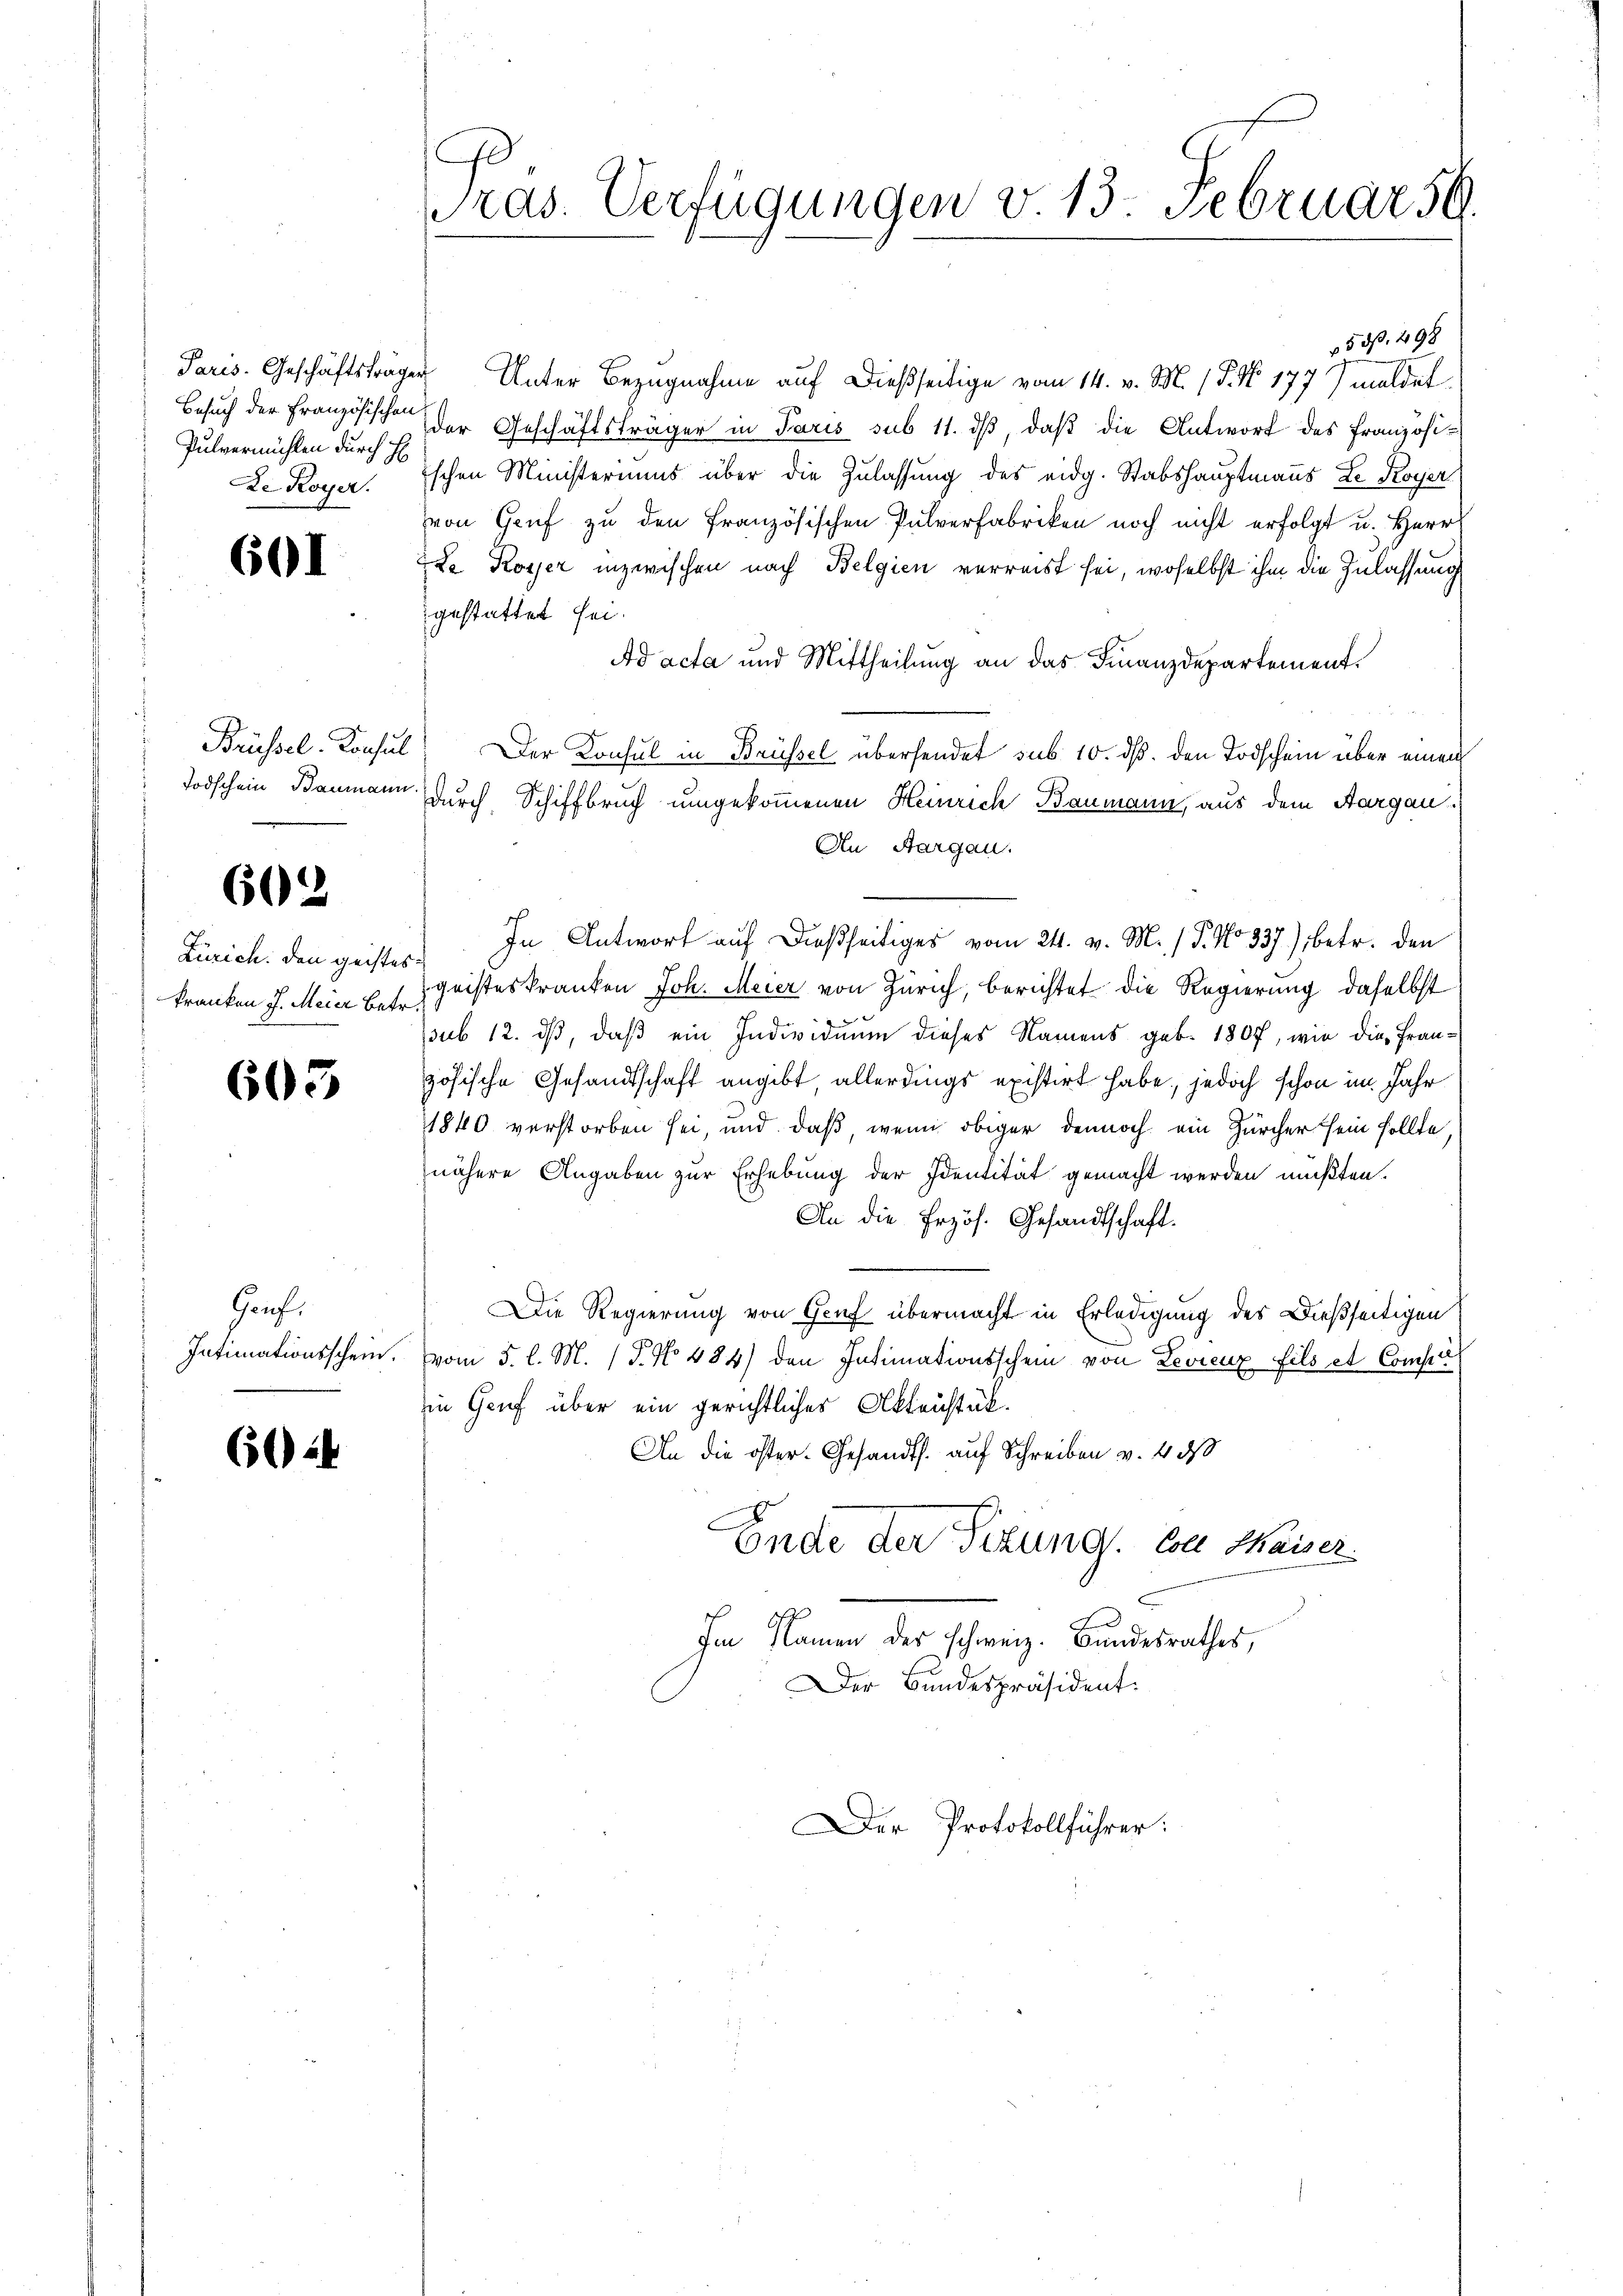
Pulvermühlen durch H
De Royer.

601

Todschein Baumann

602

Zürich. den geistes
kranken J. Meier betr.

603

Ganf

604

D
Pras. Verfügungen v. 13. Februar 59.

53. 498
Paris. Geschäftsträger Unter Bezugnahme auf dießseitige vom 14. v. M. (§. No. 177) meldet
Besuch der Französischen der Geschäftsträger in Paris sub 11. ds, daß die Antwort des Französischen Ministeriums über die Zulassung des eidg. Stabshauptmanns Le Royer
von Genf zu den Französischen Pulverfabriken noch nicht erfolgt u. Herr
Da Rosser inzwischen nach Belgien verreist sei, woselbst ihm die Zulassung
gestattet sei.
Ad acta und Mittheilung an das Finanzdepartement.
Brüssel-Konsul) Der Konsul in Brüssel übersendet sub. 10. ds. den Todschein über einen
durch Schiffbruch umgekommenen Heinrich Baumann, aus dem Aargau.
An Aargau.
In Antwort auf dießseitiges vom 24. v. M. (T. No 337), betr. den
geisteskranken Joh. Meier von Zürich, berichtet die Regierung daselbst
psub 12. ds, daß ein Individuum dieses Namens geb. 1807, wie die Französische Gesandtschaft angibt, allerdings existirt habe, jedoch schon im Jahr
1840 verstorben sei, und daß wenn obiger dennoch ein Zürcher sein sollte.
nähere Angaben zur Erhebung der Identität gemacht werden müßten.
An die Erzös. Gesandtschaft.
Die Regierung von Gruf übermacht in Erledigung des Dießseitigen
Intimationsschein. vom 5. l. M. (T. No 484) den Intimationsschein von Levieux fils et Comper
in Gruf über ein gerichtliches Aktenstück.
An die öster-Gesandts. auf Schreiben v. 4 00
Ende der Sitzung. Soll Kaiser
Im Namen der schweiz. Bundesrathes,
Der Bundespräsident:
Der Protokollführer: